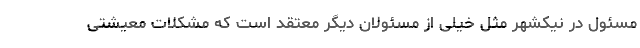
مسئول در نیکشهر مثل خیلی از مسئولان دیگر معتقد است که مشکلات معیشتی